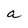
Character: a